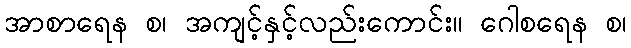
အာစာရေန စ၊ အကျင့်နှင့်လည်းကောင်း။ ဂေါစရေန စ၊